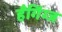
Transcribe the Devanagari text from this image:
हँगिंग्ज